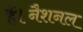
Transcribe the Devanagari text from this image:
हैं।नैशनल